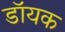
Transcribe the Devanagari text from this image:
डॉयक